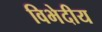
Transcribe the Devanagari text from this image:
विभेदीय